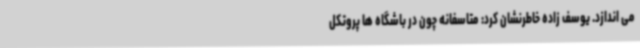
می اندازد. یوسف زاده خاطرنشان کرد: متاسفانه چون در باشگاه ها پروتکل